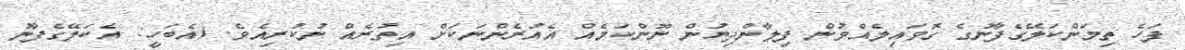
ފަހެ ތިމަންކަލޭގެފާނުގެ ގޮވައިލެއްވުން ފިލާންދިޔުން ނޫންކަމެއް އެއުރެންނަކަށް އިތުރެއް ނުކުރިއެވެ. (އެބަހީ: އެކަލޭގެފާނު